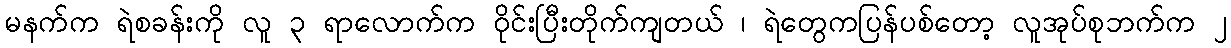
မနက်က ရဲစခန်းကို လူ ၃ ရာလောက်က ဝိုင်းပြီးတိုက်ကျတယ် ၊ ရဲတွေကပြန်ပစ်တော့ လူအုပ်စုဘက်က ၂